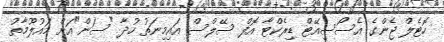
ހޮޓެލް ޖެންގެ އެސޯސިއޭޓް ޑިރެކްޓާ އޮފް ސޭލްސް އައިމިނަތު ހުދާ "ސަން"އަށް މައުލޫމާތު